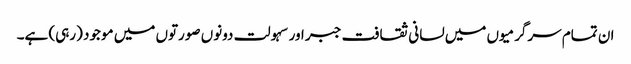
ان تمام سرگرمیوں میں لسانی ثقافت جبر اور سہولت دونوں صورتوں میں موجود (رہی) ہے۔